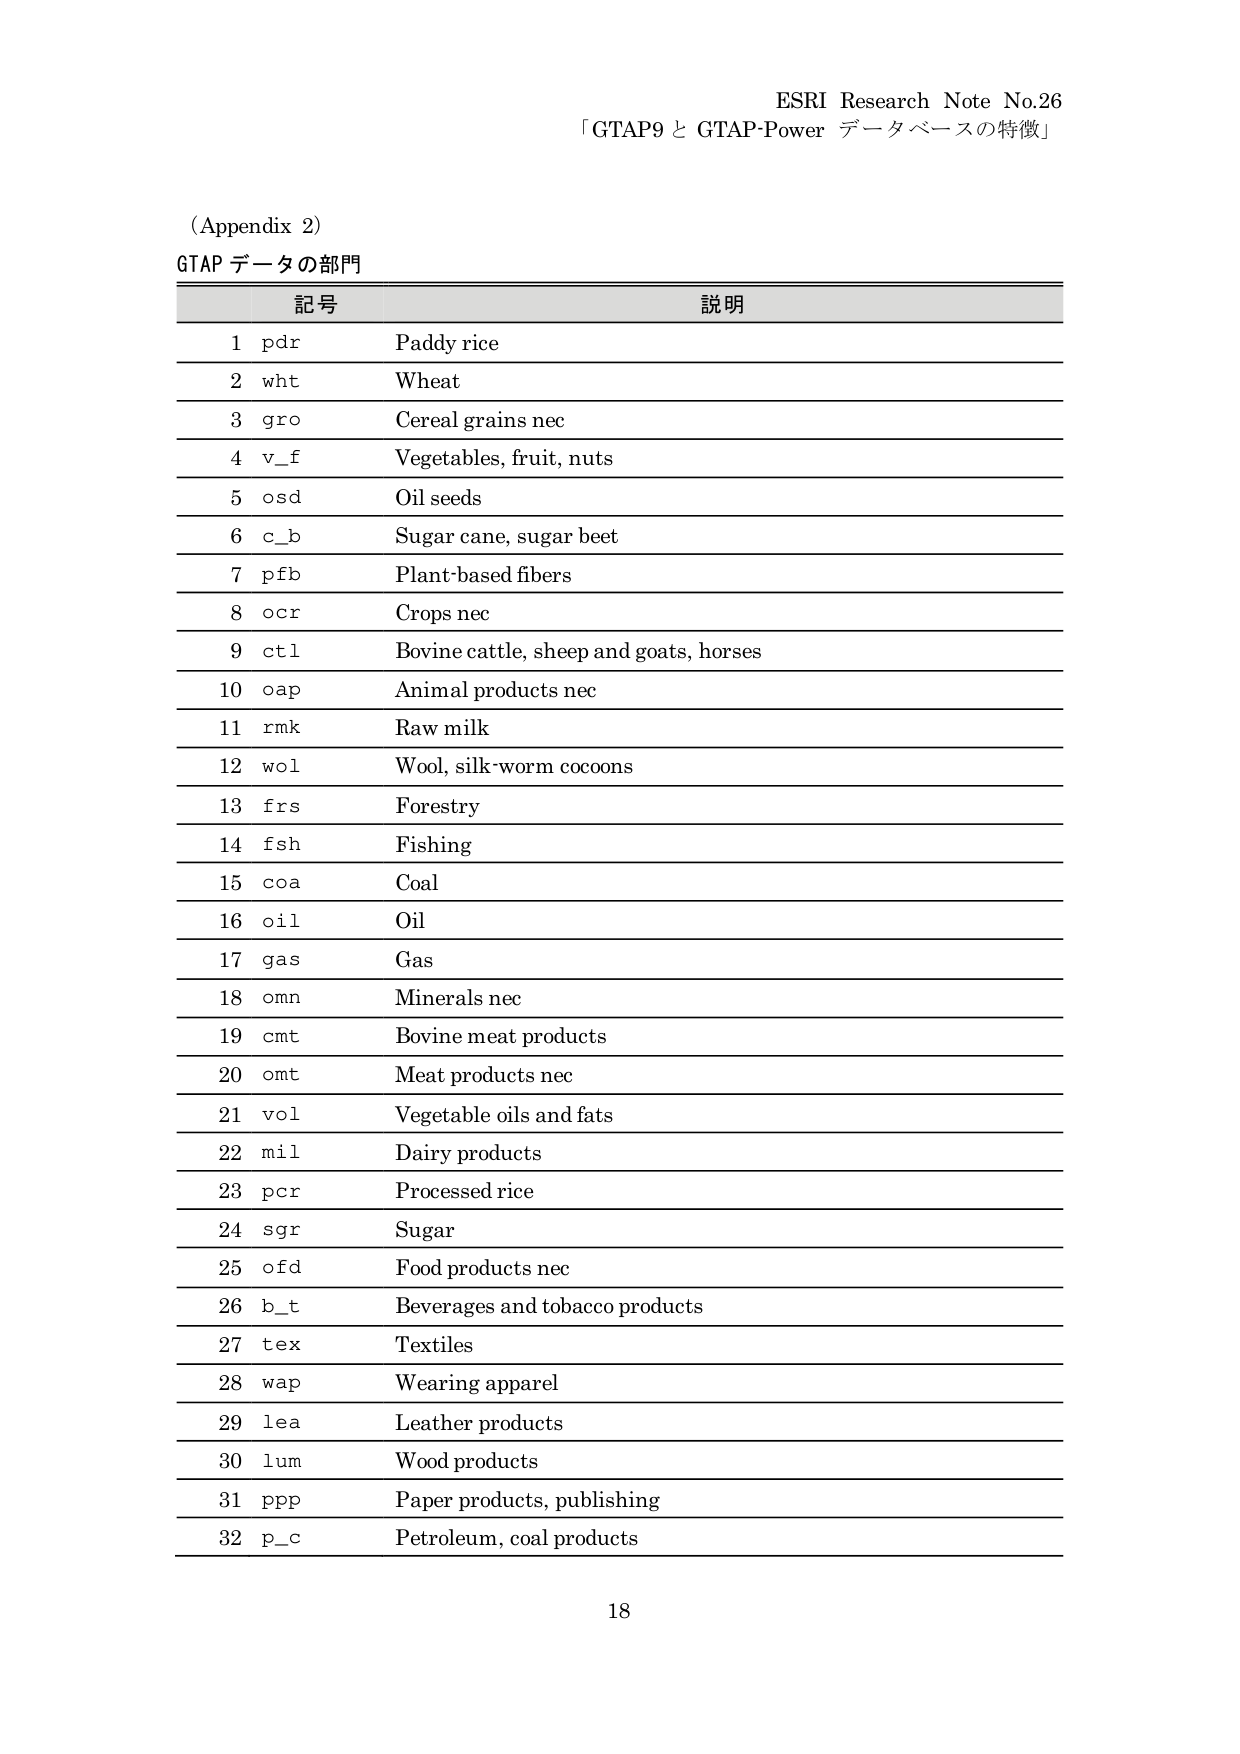
ESRI Research Note No.26
「GTAP9 と GTAP-Power データベースの特徴」

(Appendix 2)
GTAP データの部門

記号 説明
1 pdr Paddy rice
2 wht Wheat
3 gro Cereal grains nec
4 v_f Vegetables, fruit, nuts
5 osd Oil seeds
6 c_b Sugar cane, sugar beet
7 pfb Plant-based fibers
8 ocr Crops nec
9 ctl Bovine cattle, sheep and goats, horses
10 oap Animal products nec
11 rmk Raw milk
12 wol Wool, silk-worm cocoons
13 frs Forestry
14 fsh Fishing
15 coa Coal
16 oil Oil
17 gas Gas
18 omn Minerals nec
19 cmt Bovine meat products
20 omt Meat products nec
21 vol Vegetable oils and fats
22 mil Dairy products
23 pcr Processed rice
24 sgr Sugar
25 ofd Food products nec
26 b_t Beverages and tobacco products
27 tex Textiles
28 wap Wearing apparel
29 lea Leather products
30 lum Wood products
31 ppp Paper products, publishing
32 p_c Petroleum, coal products

18